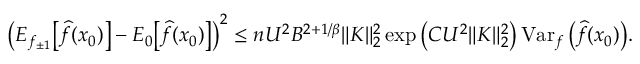
\begin{array} { r } { \big ( E _ { f _ { \pm 1 } } \big [ \widehat f ( x _ { 0 } ) \big ] - E _ { 0 } \big [ \widehat f ( x _ { 0 } ) \big ] \big ) ^ { 2 } \leq n U ^ { 2 } B ^ { 2 + 1 / \beta } \| K \| _ { 2 } ^ { 2 } \exp \big ( C U ^ { 2 } \| K \| _ { 2 } ^ { 2 } \big ) \operatorname { V a r } _ { f } \big ( \widehat f ( x _ { 0 } ) \big ) . } \end{array}